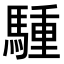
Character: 𫘐